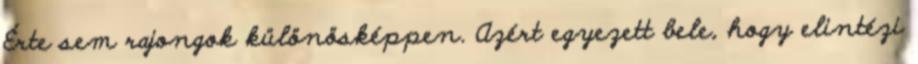
Érte sem rajongok különösképpen. Azért egyezett bele, hogy elintézi